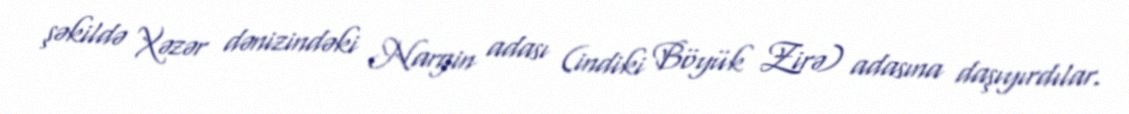
şəkildə Xəzər dənizindəki Nargin adası (indiki Böyük Zirə) adasına daşıyırdılar.